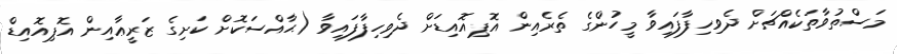
މަސްތުވާތަކެއްޗަށް ދެވިހިފާފައިވާ މީހުންގެ ތެރެއިން އޮޕިއޮއިޑަށް ދެވިހިފާފައިވާ (ޙާއްސަކޮށް ކަށިގެ ޒަރީޢާއިން އޮޕިއޮއިޑް